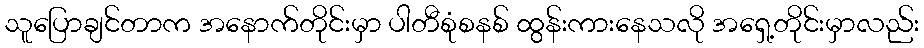
သူပြောချင်တာက အနောက်တိုင်းမှာ ပါတီစုံစနစ် ထွန်းကားနေသလို အရှေ့တိုင်းမှာလည်း